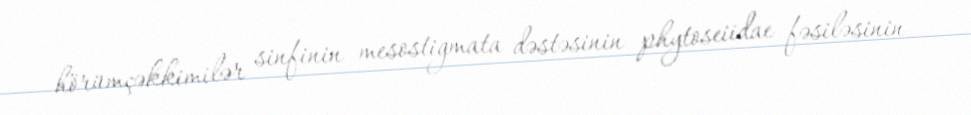
hörümçəkkimilər sinfinin mesostigmata dəstəsinin phytoseiidae fəsiləsinin